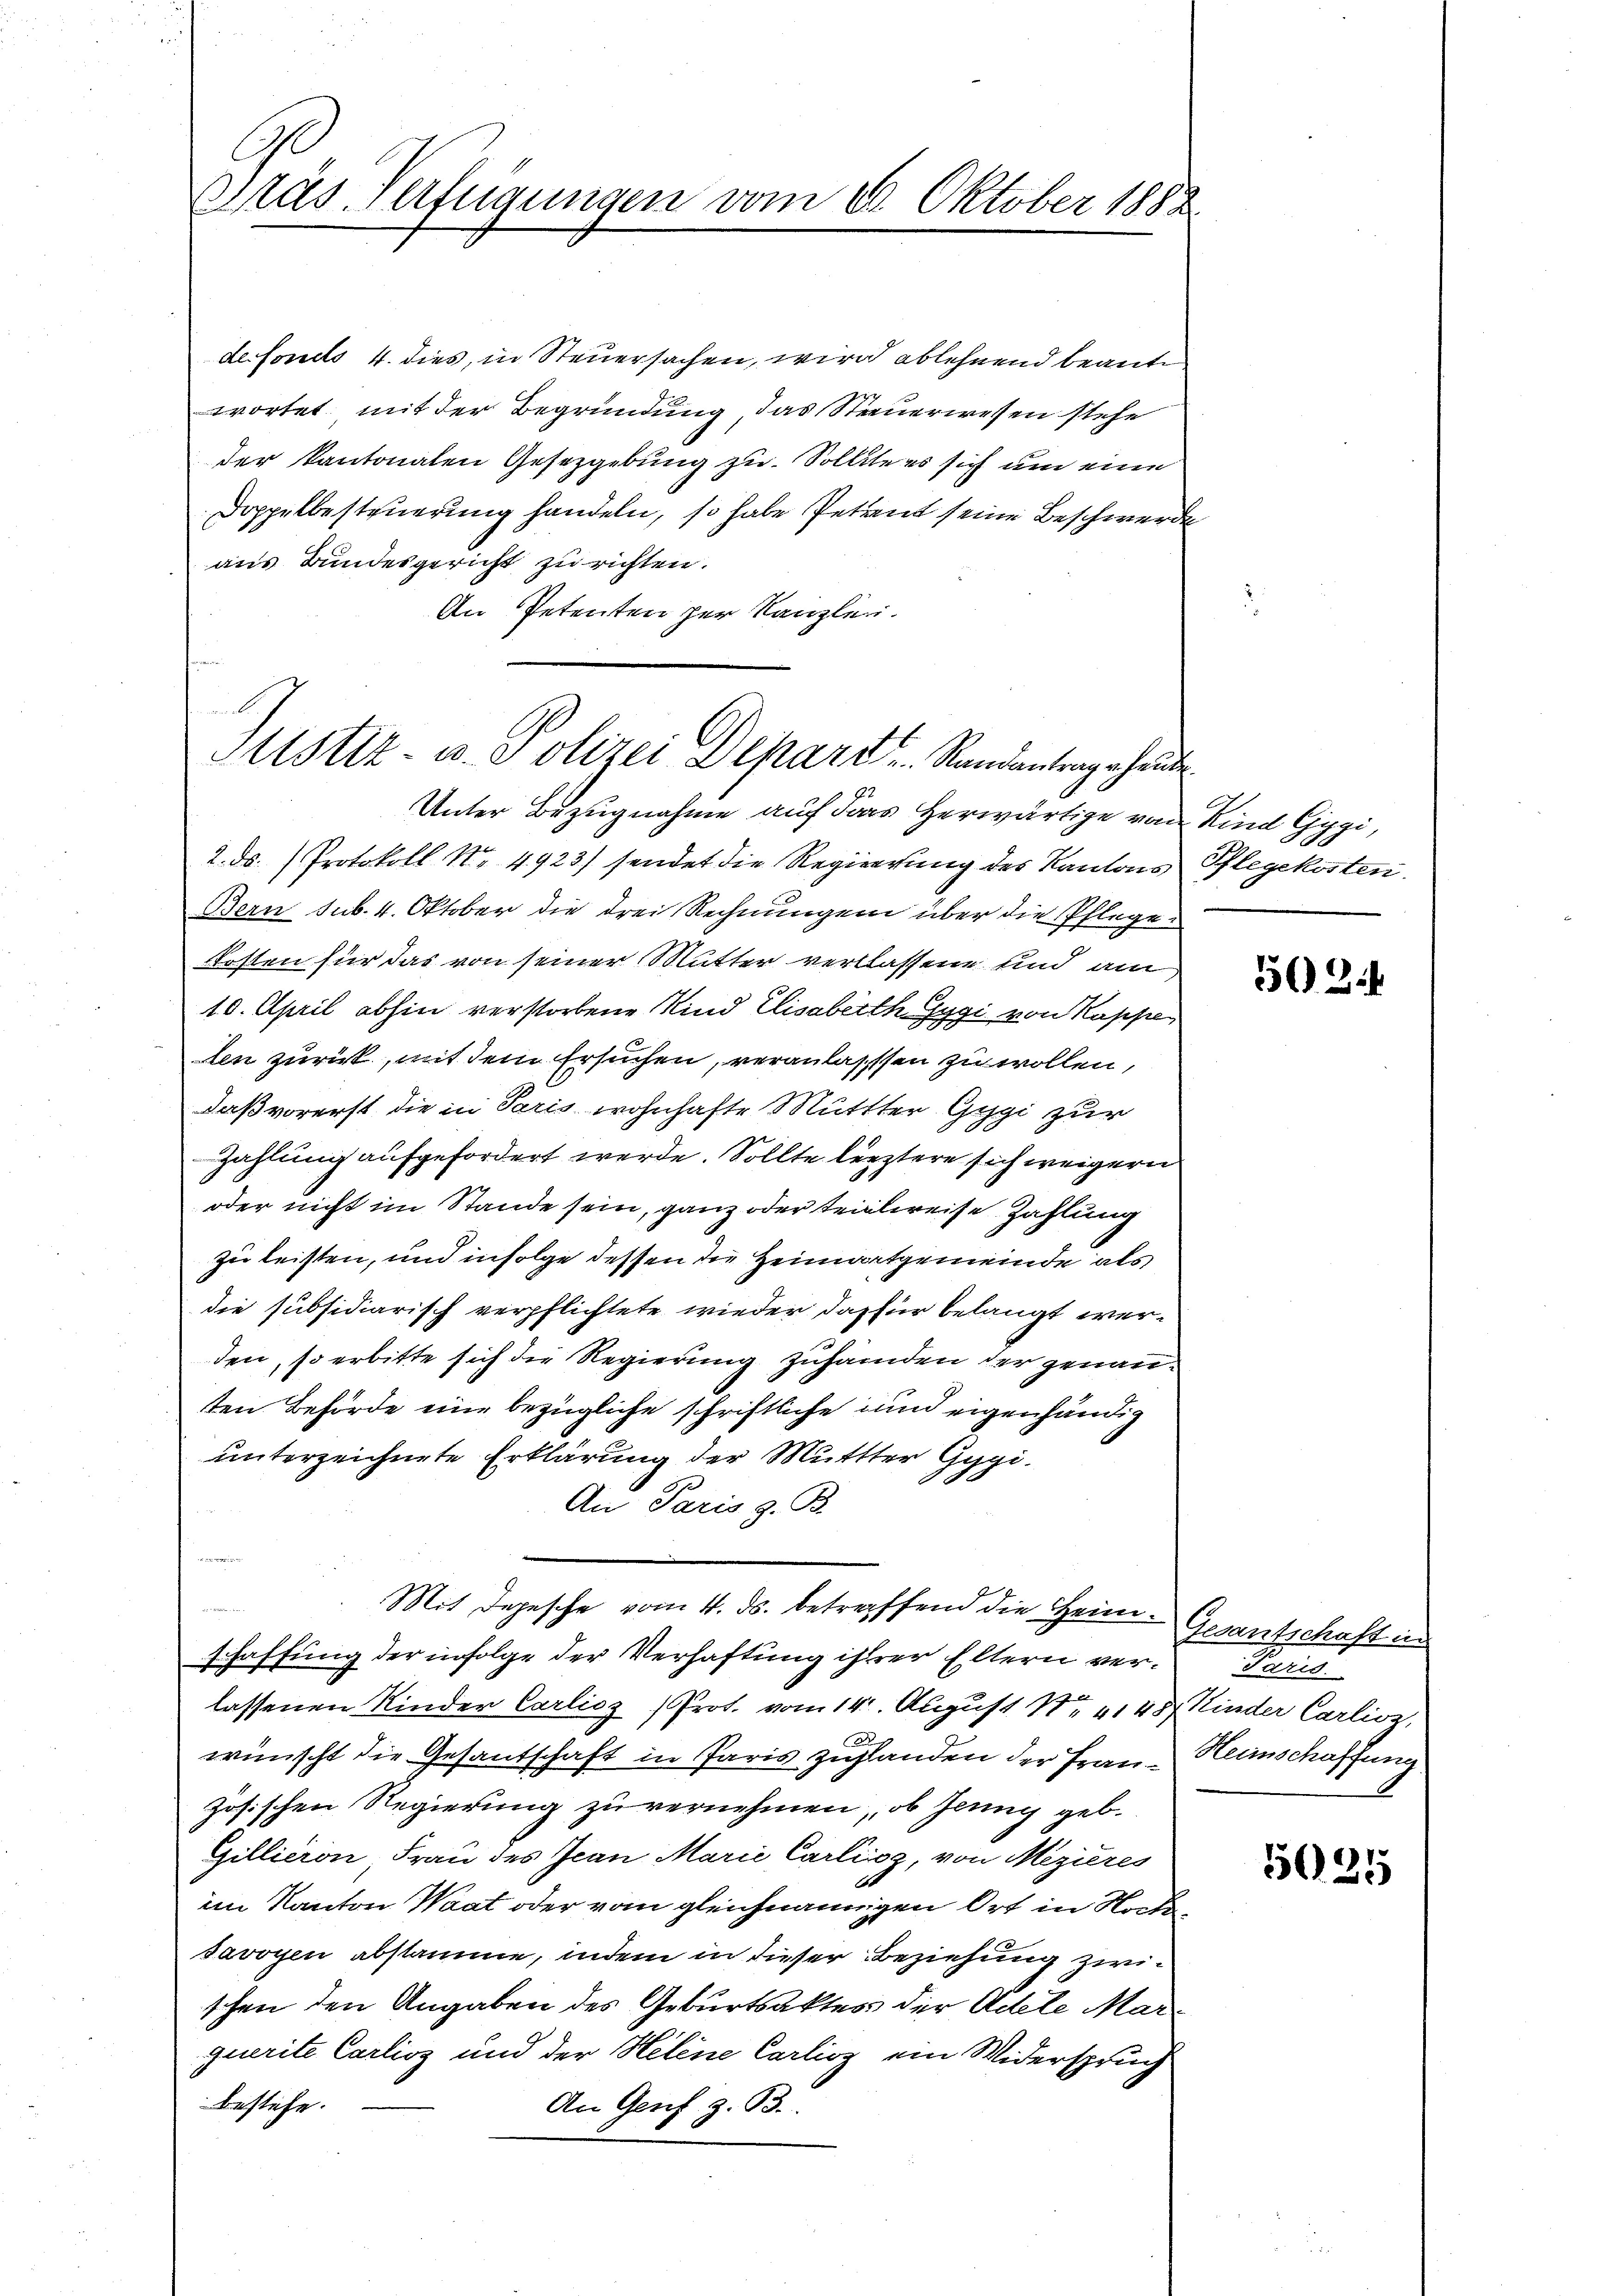
Pras Verfügungen vom 10. Oktober 1888

defonds 4. dies, in Steuersachen, wird ablehnend beant
wortet, mit der Begründung, das Steuerwesen stehe
der kantonalen Gesetzgebung zu. Sollte es sich um eine
Doppelbesteuerung handeln, so habe Petent seine Beschwerde
aus Bundesgericht zu richten.
An Petenten per Kanzlei.

Mtstiz- u. Polizei Depart Randantergehende
92

Unter Bezugnahme auf das herwärtige von Kind Gygi,
2. ds. Protokoll No 4923) sendet die Regierung des Kantons Pflegekosten.
Bern sub. 4. Oktober die drei Rechnungen über die Pflegen
kosten für das von seiner Mutter verlassene und am
10. April abhin verstorbene Kind Elisabeth Gygi von Kappe
len zurück, mit dem Ersuchen, veranlassen zu wollen,
daß vorerst die in Paris wohnhafte Muttter Gygi zur
Zahlung aufgefordert werde. Sollte leztere sich weigern
oder nicht im Stande sein, ganz oder teilweise Zahlung
zu leisten, und infolge dessen die Heimatgemeinde als
die subsidiarisch verpflichtete wieder das für belangt werden, so erbitte sich die Regierung zuhänden der genanten Behörde eine bezügliche schriftliche und eigenhändig
unterzeichnete Erklärung der Muttter Gypi¬
An Paris z. B.
u
Mit Depesche vom 4. ds. betreffend die Heim Gesantschaft in
schaffung der infolge der Verhaftung ihrer Eltern verlassenen Kinder Carlicz (Prot. vom 14. August Nr. 4145 Kinder Carlioz,
wünscht die Gesantschaft in Paris zuglanden der Frau Heimschaffung
zösischen Regierung zu vernehmen, ob Jeung geb.
Gillieron Frau des Jean Marić Carlioz, von Mezières
im Kanton Waat oder vom gleichnamigen Ort in Stocksavoyen abstamme, indem in dieser Beziehung zwischen den Angaben des Geburtsaktes der Adele Marquerite Carlioz und der Helene Carlisz ein Widerspruch
bestehe.
An Genf z. B.

502.

Paris.

5025